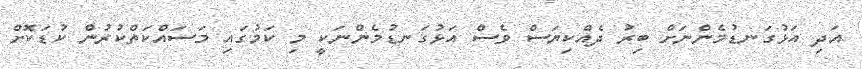
އަދި އަޅުގަނޑުމެންނަށް ބިރު ދެއްކިޔަސް ވެސް އަޅުގަނޑުމެންނަކީ މި ކަމުގައި މަސައްކަތްކުރުން ކުޑަކޮށް